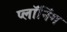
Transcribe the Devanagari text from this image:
प्लॉनिंग